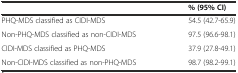
<table><thead><tr><td></td><td><b>% (95% CI)</b></td></tr></thead><tbody><tr><td>PHQ-MDS classified as CIDI-MDS</td><td>54.5 (42.7-65.9)</td></tr><tr><td>Non-PHQ-MDS classified as non-CIDI-MDS</td><td>97.5 (96.6-98.1)</td></tr><tr><td>CIDI-MDS classified as PHQ-MDS</td><td>37.9 (27.8-49.1)</td></tr><tr><td>Non-CIDI-MDS classified as non-PHQ-MDS</td><td>98.7 (98.2-99.1)</td></tr></tbody></table>